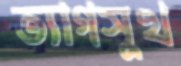
ত্যাগসুখ